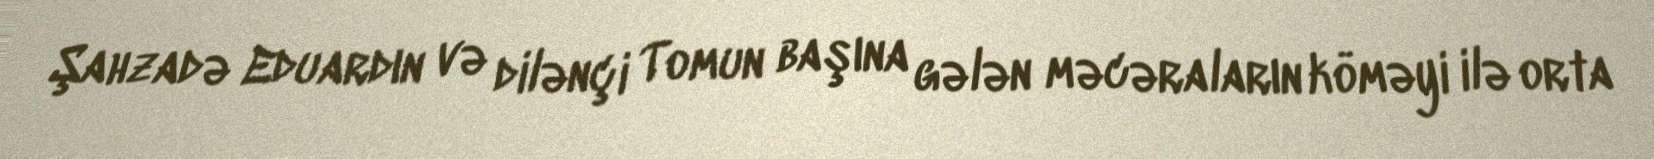
Şahzadə Eduardın və dilənçi Tomun başına gələn məcəraların köməyi ilə orta